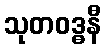
သုတဝဒ္ဓနီ